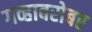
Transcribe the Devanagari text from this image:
गव्हाबरोबर